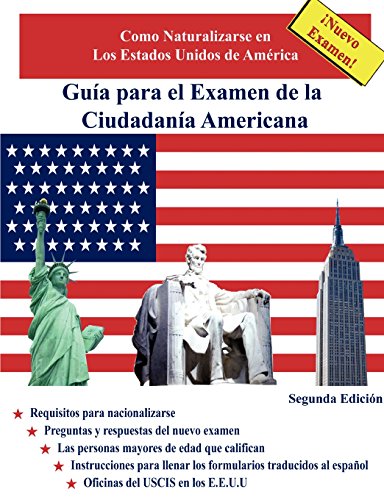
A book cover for GuÃ­a para el Examen de la CiudadanÃ­a Americana, Segunda EdiciÃ³n (Spanish Edition); Jose Del Rio; Test Preparation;